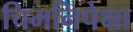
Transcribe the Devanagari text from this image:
चिमनिपेक्षा